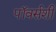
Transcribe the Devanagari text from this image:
पॉवर्सशी